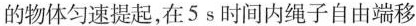
例8[中考·孝感]如图9-8甲所示，滑轮组